Report on sanitation, dispensaries, and jails in Rajputana for 1917, and on vaccination for the year 1917-1918 - 1917-1918
Year: 1917
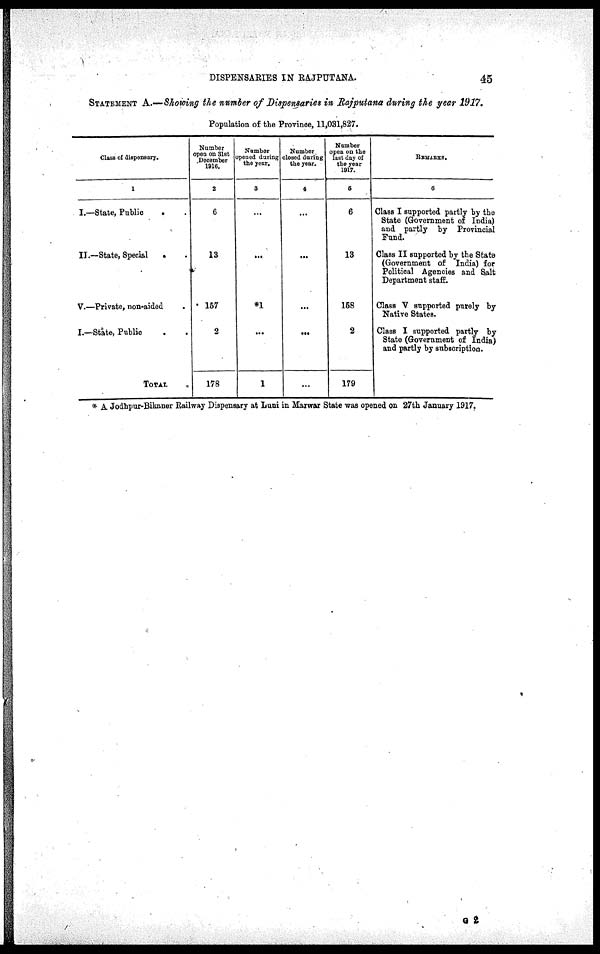
DISPENSARIES IN RAJPUTANA.
45
STATEMENT A.—Showing the number of Dispensaries in Rajputana during the year 1917.
Population of the Province, 11,031,827.
Class of dispensary.
1
I.—State, Public . .
II.—State, Special . .
V.—Private, non-aided
I.—State, Public . .
TOTAL .
Number
open on 31st
December
1916.
2
6
13
157
2
178
Number
opened during
the year.
3
...
...
*1
...
1
Number.
closed during
the year.
4
...
...
...
...
...
Number
open on the
last day of
the year
1917.
5
6
13
158
2
179
REMARKS.
6
Class I supported partly by the
State (Government of India)
and partly by Provincial
Fund.
Class II supported by the State
(Government of India) for
Political Agencies and Salt
Department staff.
Class V supported purely by
Native States.
Class I supported partly by
State (Government of India)
and partly by subscription.
* A Jodhpur-Bikaner Railway Dispensary at Luni in Marwar State was opened on 27th January 1917.